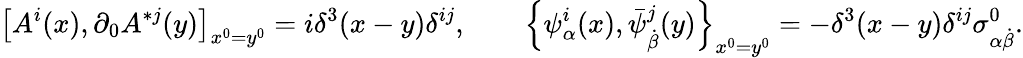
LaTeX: \left[A^{i}(x),\partial_{0}A^{*j}(y)\right]_{x^{0}=y^{0}}=i\delta^{3}(x-y)\delta^{ij},\qquad\left\{ \psi_{\alpha}^{i}(x),\bar{\psi}_{\dot{\beta}}^{j}(y)\right\} _{x^{0}=y^{0}}=-\delta^{3}(x-y)\delta^{ij}\sigma_{\alpha\dot{\beta}}^{0}.